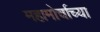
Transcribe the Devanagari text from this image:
महामोर्चाच्या